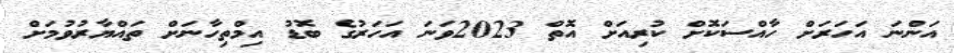
އަންނަ އަހަރަށް ހާއްސަކޮށް ކުރިއަށް އޮތް 2023ވަނަ އަހަރުގެ ބޮޑު އިމްތިހާނަށް ތައްޔާރުވުމަށް